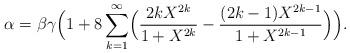
LaTeX: \begin{align*}\alpha&=\beta\gamma\Bigl(1+8\sum_{k=1}^\infty\Bigl(\frac{2kX^{2k}}{1+X^{2k}}-\frac{(2k-1)X^{2k-1}}{1+X^{2k-1}}\Bigr)\Bigr).\end{align*}